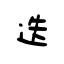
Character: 迭